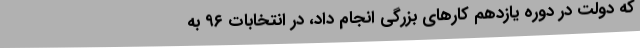
که دولت در دوره یازدهم کارهای بزرگی انجام داد، در انتخابات ۹۶ به